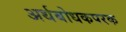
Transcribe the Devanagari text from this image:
अर्थबोधकपरक